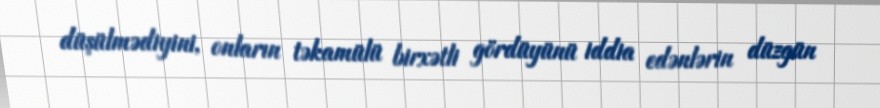
düşülmədiyini, onların təkamülü birxətli gördüyünü iddia edənlərin düzgün